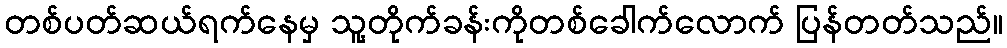
တစ်ပတ်ဆယ်ရက်နေမှ သူ့တိုက်ခန်းကိုတစ်ခေါက်လောက် ပြန်တတ်သည်။